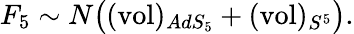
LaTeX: F_{5}\sim N\big((\mathrm{vol})_{AdS_{5}}+(\mathrm{vol})_{S^{5}}\big).